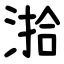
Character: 湁